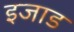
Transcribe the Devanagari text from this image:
इजाड